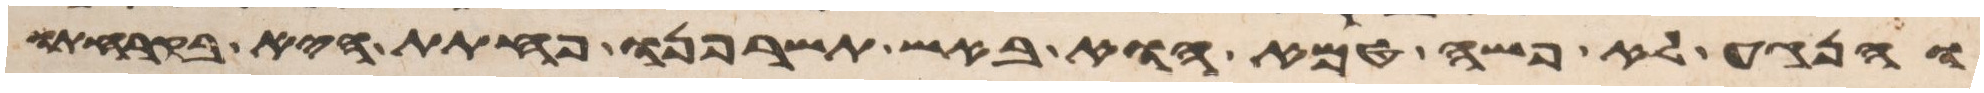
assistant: והנגע לא פשה טמא הוא באש תשרפנו פחתת היא בקרחתו